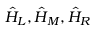
\hat { H } _ { L } , \hat { H } _ { M } , \hat { H } _ { R }